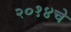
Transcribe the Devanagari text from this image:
२०१४चे